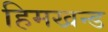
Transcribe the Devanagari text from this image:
हिमखन्ड